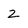
Character: Z